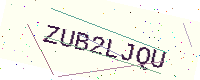
Text: ZUB2LJQU